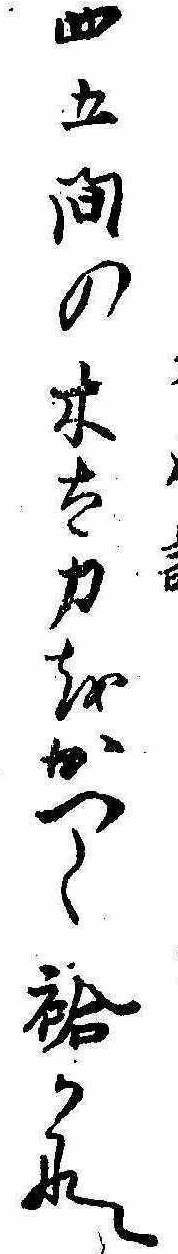
四五間の木太刀をかつく袷かな